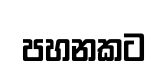
පහනකට